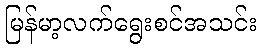
မြန်မာ့လက်ရွေးစင်အသင်း